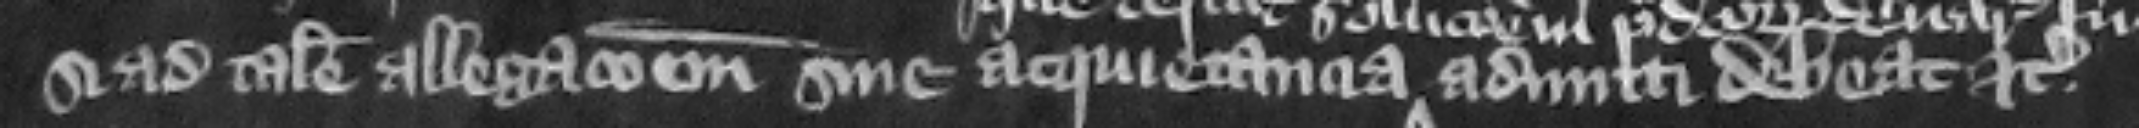
si ad talem allegacionem sine acquietancia admitti debeat etc.